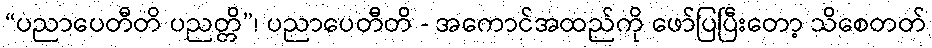
“ပညာပေတီတိ ပညတ္တိ”၊ ပညာပေတီတိ - အကောင်အထည်ကို ဖော်ပြပြီးတော့ သိစေတတ်